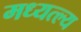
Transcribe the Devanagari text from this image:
मध्यत्ल्य